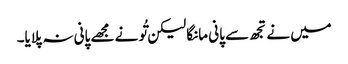
میں نے تجھ سے پانی مانگا لیکن تُو نے مجھے پانی نہ پلایا۔